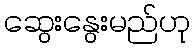
ဆွေးနွေးမည်ဟု